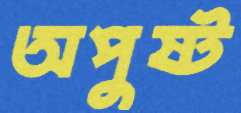
অপুষ্ট